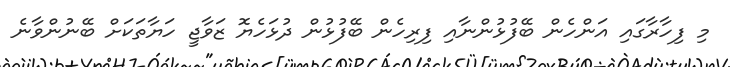
މި ފިހާރާގައި އަންހެން ބޭފުޅުންނާއި ފިރިހެން ބޭފުޅުން ދުޅަހެޔޮ ޒަވާޖީ ހަޔާތަކަށް ބޭނުންވާނެ